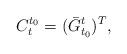
LaTeX: \begin{align*}C_t^{t_0} = (\bar{G}_{t_0}^t)^T,\end{align*}